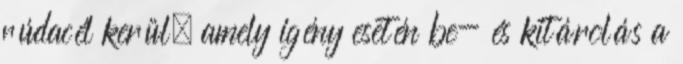
rúdacél kerül, amely igény esetén be- és kitárolás a